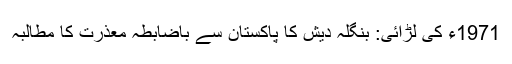
1971ء کی لڑائی: بنگلہ دیش کا پاکستان سے باضابطہ معذرت کا مطالبہ